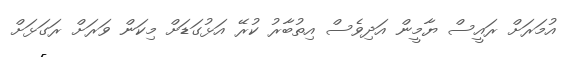
އުމަރަށް ރައީސް ޔާމީން އަދިވެސް އިތުބާރު ކުރޭ އަޅުގަޑަށް މިކަން ވަރަށް ރަގަޅަށް